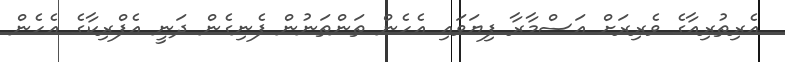
އެރިތުރިއާގެ ވެރިރަށް އަސްމާރާ ފިޔަވައި އެހެން ތަންތަނުން ފެނިގެން ދަނީ އެފްރިކާގެ އެހެން